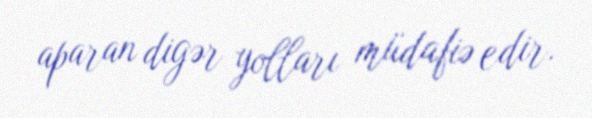
aparan digər yolları müdafiə edir.